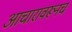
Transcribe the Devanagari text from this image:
आचारावरूनच